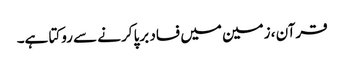
قرآن ، زمین میں فساد برپا کرنے سے روکتا ہے۔